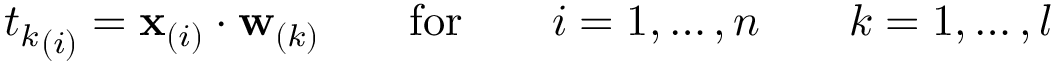
{ t _ { k } } _ { ( i ) } = \mathbf { x } _ { ( i ) } \cdot \mathbf { w } _ { ( k ) } \qquad \mathrm { f o r } \qquad i = 1 , \dots , n \qquad k = 1 , \dots , l